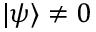
\vert \psi \rangle \ne 0